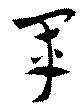
軍